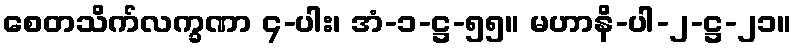
စေတသိက်လက္ခဏာ ၄-ပါး၊ အံ-၁-ဋ္ဌ-၅၅။ မဟာနိ-ပါ-၂-ဋ္ဌ-၂၁။